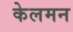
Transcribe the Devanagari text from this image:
केलमन